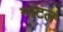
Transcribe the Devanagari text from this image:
माटल